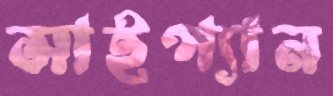
সাইপ্যান